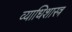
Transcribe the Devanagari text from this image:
व्याधिशास्त्र